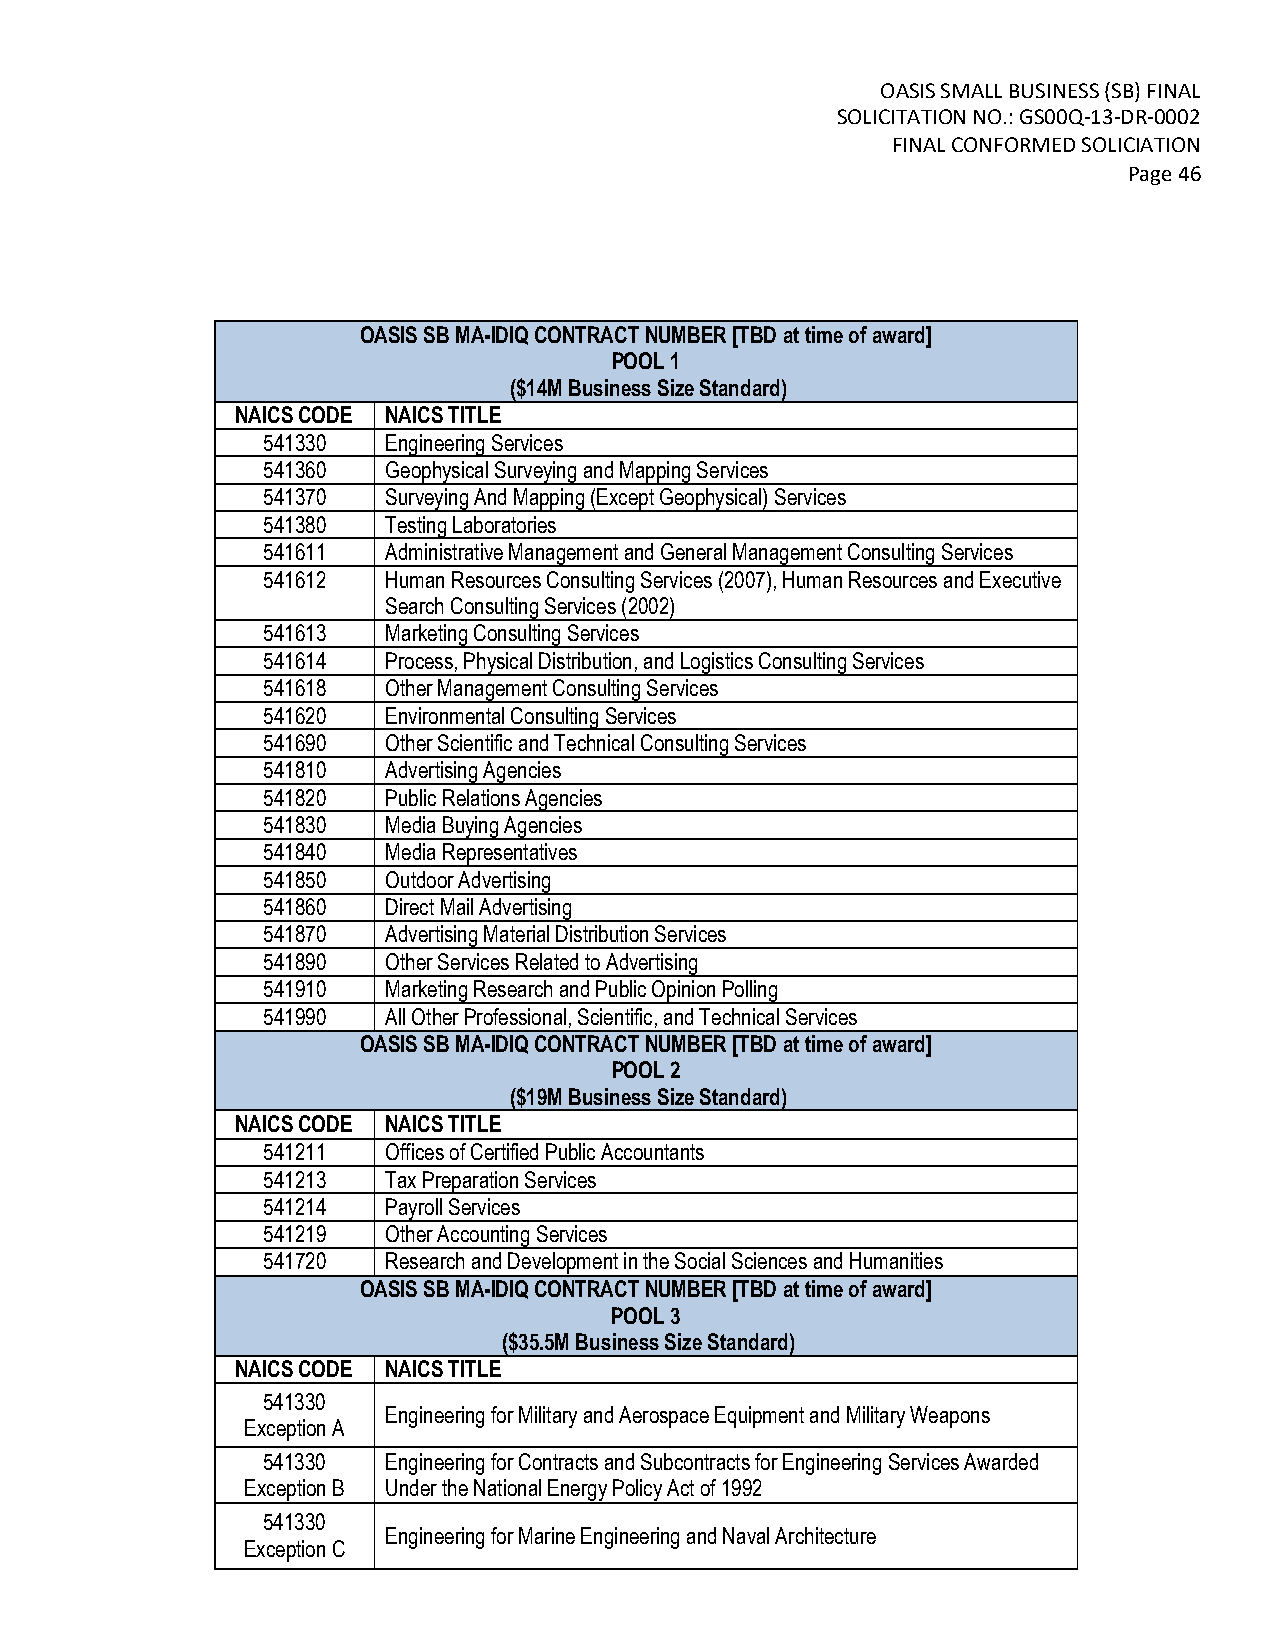
OASIS SMALL BUSINESS (SB) FINAL
 SOLICITATION NO.: GS00Q-13-DR-0002
 FINAL CONFORMED SOLICIATION
 Page 46
 OASIS SB MA-IDIQ CONTRACT NUMBER [TBD at time of award]
 POOL 1
 ($14M Business Size Standard)
 NAICS CODE NAICS TITLE
 541330   Engineering Services
 541360   Geophysical Surveying and Mapping Services
 541370   Surveying And Mapping (Except Geophysical) Services
 541380   Testing Laboratories
 541611   Administrative Management and General Management Consulting Services
 541612   Human Resources Consulting Services (2007), Human Resources and Executive
 Search Consulting Services (2002)
 541613   Marketing Consulting Services
 541614   Process, Physical Distribution, and Logistics Consulting Services
 541618   Other Management Consulting Services
 541620   Environmental Consulting Services
 541690   Other Scientific and Technical Consulting Services
 541810   Advertising Agencies
 541820   Public Relations Agencies
 541830   Media Buying Agencies
 541840   Media Representatives
 541850   Outdoor Advertising
 541860   Direct Mail Advertising
 541870   Advertising Material Distribution Services
 541890   Other Services Related to Advertising
 541910   Marketing Research and Public Opinion Polling
 541990   All Other Professional, Scientific, and Technical Services
 OASIS SB MA-IDIQ CONTRACT NUMBER [TBD at time of award]
 POOL 2
 ($19M Business Size Standard)
 NAICS CODE NAICS TITLE
 541211   Offices of Certified Public Accountants
 541213   Tax Preparation Services
 541214   Payroll Services
 541219   Other Accounting Services
 541720   Research and Development in the Social Sciences and Humanities
 OASIS SB MA-IDIQ CONTRACT NUMBER [TBD at time of award]
 POOL 3
 ($35.5M Business Size Standard)
 NAICS CODE NAICS TITLE
 541330
 Engineering for Military and Aerospace Equipment and Military Weapons
 Exception A
 541330   Engineering for Contracts and Subcontracts for Engineering Services Awarded
 Exception B Under the National Energy Policy Act of 1992
 541330
 Engineering for Marine Engineering and Naval Architecture
 Exception C